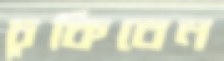
চুকিবেন